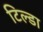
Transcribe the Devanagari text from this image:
टिल्डा